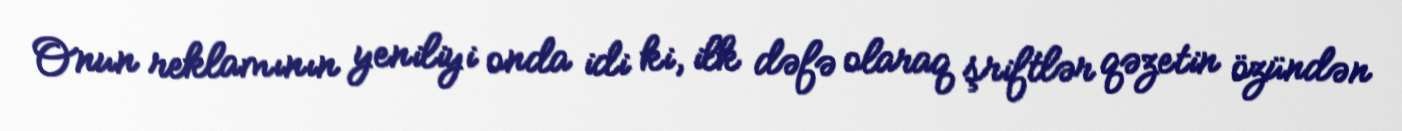
Onun reklamının yeniliyi onda idi ki, ilk dəfə olaraq şriftlər qəzetin özündən